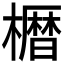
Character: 𫞒